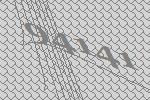
94141